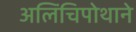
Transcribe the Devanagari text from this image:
अलिंचिपोथाने